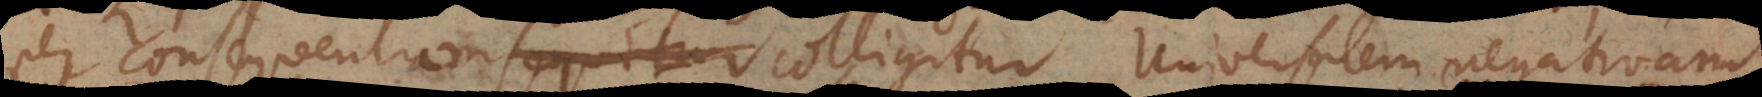
per consequentiam sequitur colligitur Universalem negativam